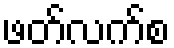
ဖတ်လက်စ